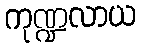
ကုဏ္ဍလာယ